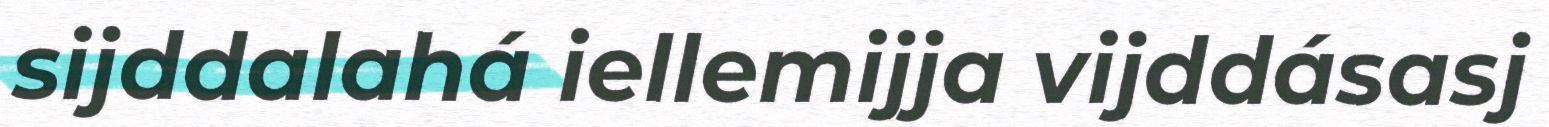
sijddalahá iellemijja vijddásasj